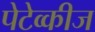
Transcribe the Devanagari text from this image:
पेटेव्कीज